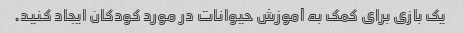
یک بازی برای کمک به آموزش حیوانات در مورد کودکان ایجاد کنید.